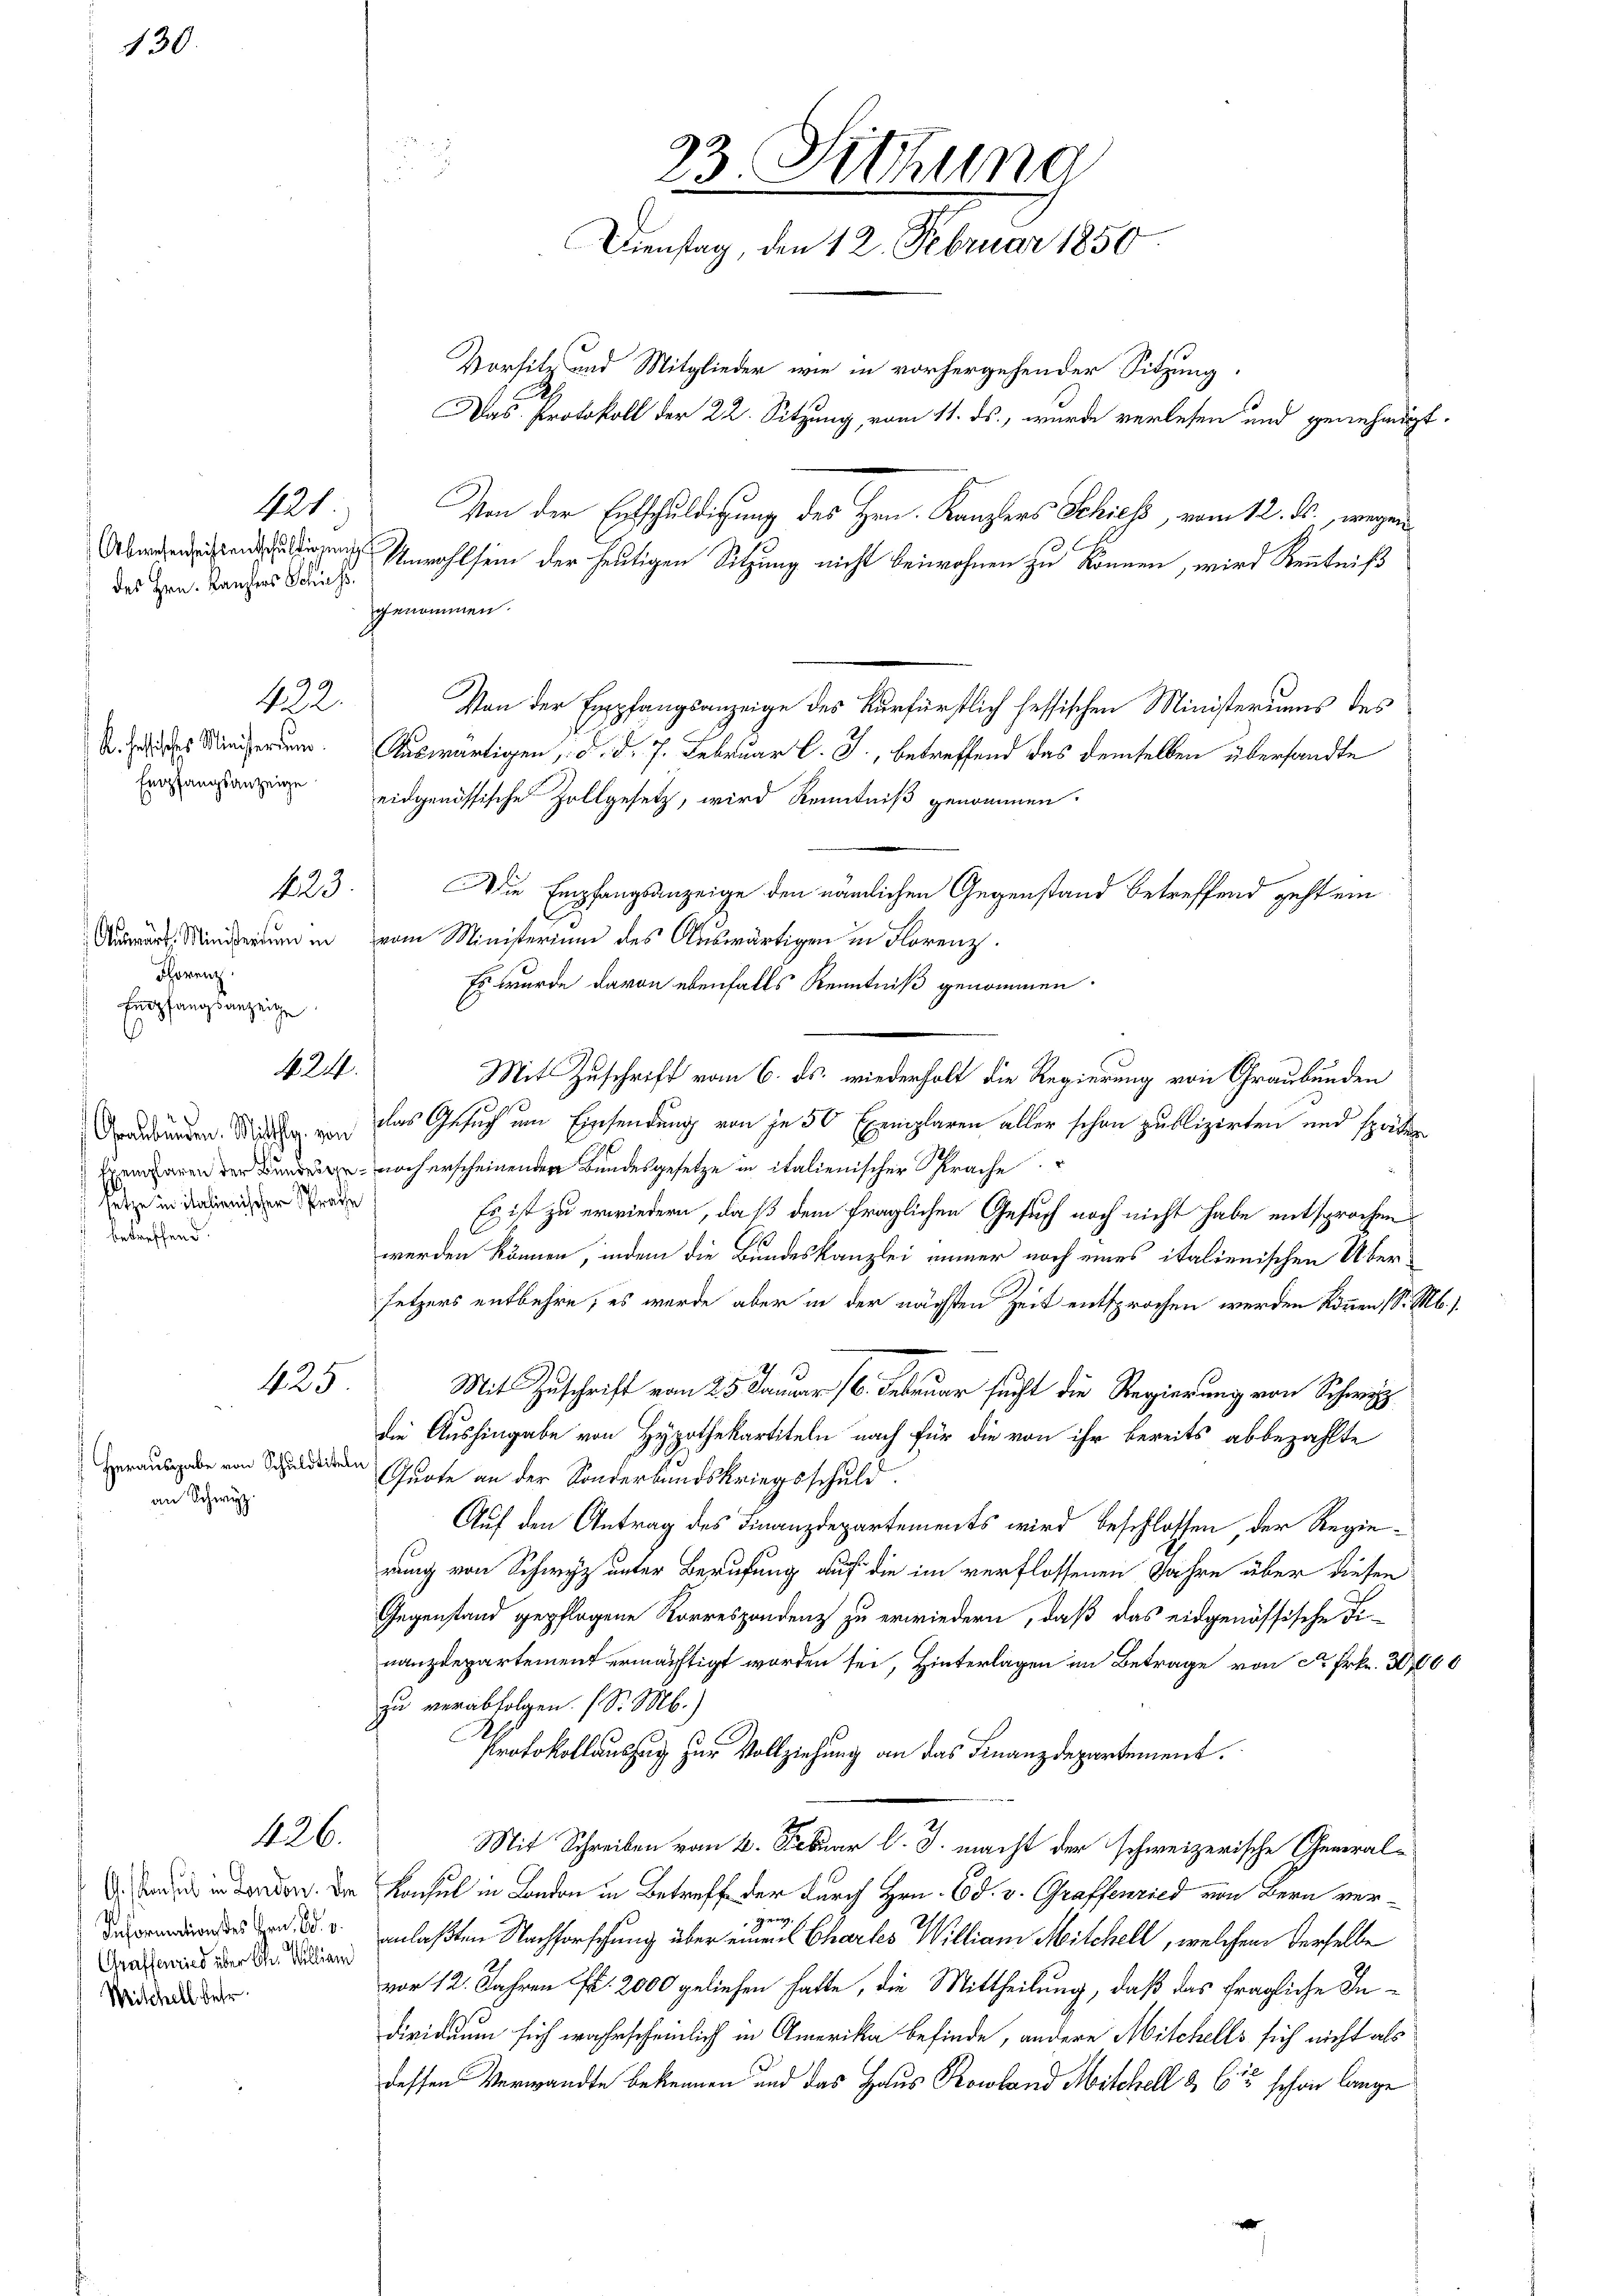
130.

421.
des Hrn. Kanzlers Schuss

Mitchell betr

472.
K. heisches Ministerium.
Empfangsanzeige

1223.

Auswart. Ministerium in
Thorenz
Empfangsanzeige

424.

setze in italienischer Sprache
 betreffend.

125

Herausgabe von Schuldtiteln
an Schwyz.

426.

Information des Hrn. Ed. v.
Graffenried über der Millian

Von der Empfangsanzeige des Kurfürstlich hessischen Ministeriums des
Auswärtigen d. d. 7. Februar l. J., betreffend das demselben übersandte
eidgenössische Zollgesetz, wird Kenntniß genommen:
Die Empfangsanzeige den nämlichen Gegenstand betreffend geht ein
vom Ministerium des Auswärtigen in Florenz.
Es wurde davon ebenfalls Kenntniß genommen.
Mit Zuschrift vom 6. ds. wiederholt die Regierung von Graubünden
Graubünden. Mitte von das Gesuch um Einsendung von je 50 Exemplaren aller schon publizirten und spätten
Exemparen der Bunden noch erscheinenden Bundesgesetze in italienischer Sprache
Es ist zu erwiedern, daß dem fraglichen Gesuch noch nicht habe entsprochen
werden können, indem die Bundeskanzlei immer noch eines italienischen Übersetzers entbehre; es wurde aber in der nächsten Zeit entsprochen werden können (S. M.
Mit Zuschrift vom 25. Januar 18. Februar sucht die Regierung von Schwyz
die Aushingabe von Hypothekartiteln nach für die von ihr bereits abbezahlte
Quote an der Sonderbundskriegsschuld.
Auf den Antrag des Finanzdepartements wird beschlossen, der Regierung von Schwyz unter Berufung auf die im verflossenen Jahre über diesen
Gegenstand gepflogene Korrespondenz zu erwiedern, daß das eidgenössische Fi-
aepartement ermächtigt worden sei, Hinterlagen im Betrag von Frk. 3000
zu verabfolgen. (S. Mb.)
Protokollauszug zur Vollziehung an das Finanzdepartement.
Mit Schreiben vom 2. Febuar l. J. macht der schweizerische General¬
 . der Konsul in London in Betreff der durch Hrn. Ed. v. Graffenried von Bern veranlaßten Nachforschung über einen Chartes William Milchell, welchem derselbe
vor 12. Jahren fr. 2000 geliefen hatte, die Mittheilung, daß das fragliche Individuum sich wahrscheinlich in Amerika befinde, andere Mitchells sich nicht als
dessen Verwandte bekennen und das Haus Rowland Mitchell & Cie schon lange

genommen.

23. Sitzung
Dienstag, den 12. Februar 1850
Vorsitz und Mitglieder wie in vorhergehender Sitzung.
Das Protokoll der 22. Sitzung vom 11. ds., wurde verlesen und genehmigt.
Von der Entschuldigung des Hrn. Kanzlers Schires, vom 12. ds., wegen

Als der heutigen Sitzung nicht beiwohnen zu können, wird Kenntniß